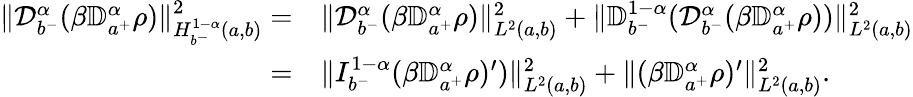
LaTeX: \begin{array}{rl}{\| {\mathcal D}_{b^{-}}^{\alpha}(\beta{\mathbb D}_{a^{+}}^{\alpha}\rho)\| _{H_{b^{-}}^{1-\alpha}(a,b)}^{2}=}&{\| {\mathcal D}_{b^{-}}^{\alpha}(\beta{\mathbb D}_{a^{+}}^{\alpha}\rho)\| _{L^{2}(a,b)}^{2}+\| {\mathbb D}_{b^{-}}^{1-\alpha}({\mathcal D}_{b^{-}}^{\alpha}(\beta{\mathbb D}_{a^{+}}^{\alpha}\rho))\| _{L^{2}(a,b)}^{2}}\\ {=}&{\| I_{b^{-}}^{1-\alpha}(\beta{\mathbb D}_{a^{+}}^{\alpha}\rho)^{\prime})\| _{L^{2}(a,b)}^{2}+\| (\beta{\mathbb D}_{a^{+}}^{\alpha}\rho)^{\prime}\| _{L^{2}(a,b)}^{2}.}\end{array}